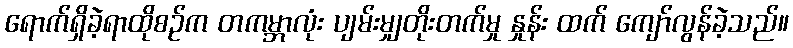
ရောက်ရှိခဲ့ရာထိုစဉ်က တကမ္ဘာလုံး ပျမ်းမျှတိုးတက်မှု နှုန်း ထက် ကျော်လွန်ခဲ့သည်။